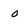
Character: 0